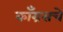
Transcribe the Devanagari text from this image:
काँग्रसचे